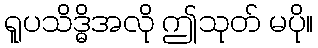
ရူပသိဒ္ဓိအလို ဤသုတ် မပို။